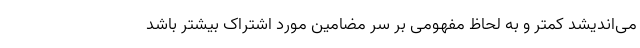
می‌اندیشد کمتر و به لحاظ مفهومی بر سر مضامین مورد اشتراک بیشتر باشد